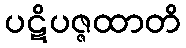
ပဋိပဇ္ဇထာတိ